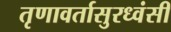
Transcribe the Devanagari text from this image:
तृणावर्तासुरध्वंसी